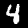
Digit: 4